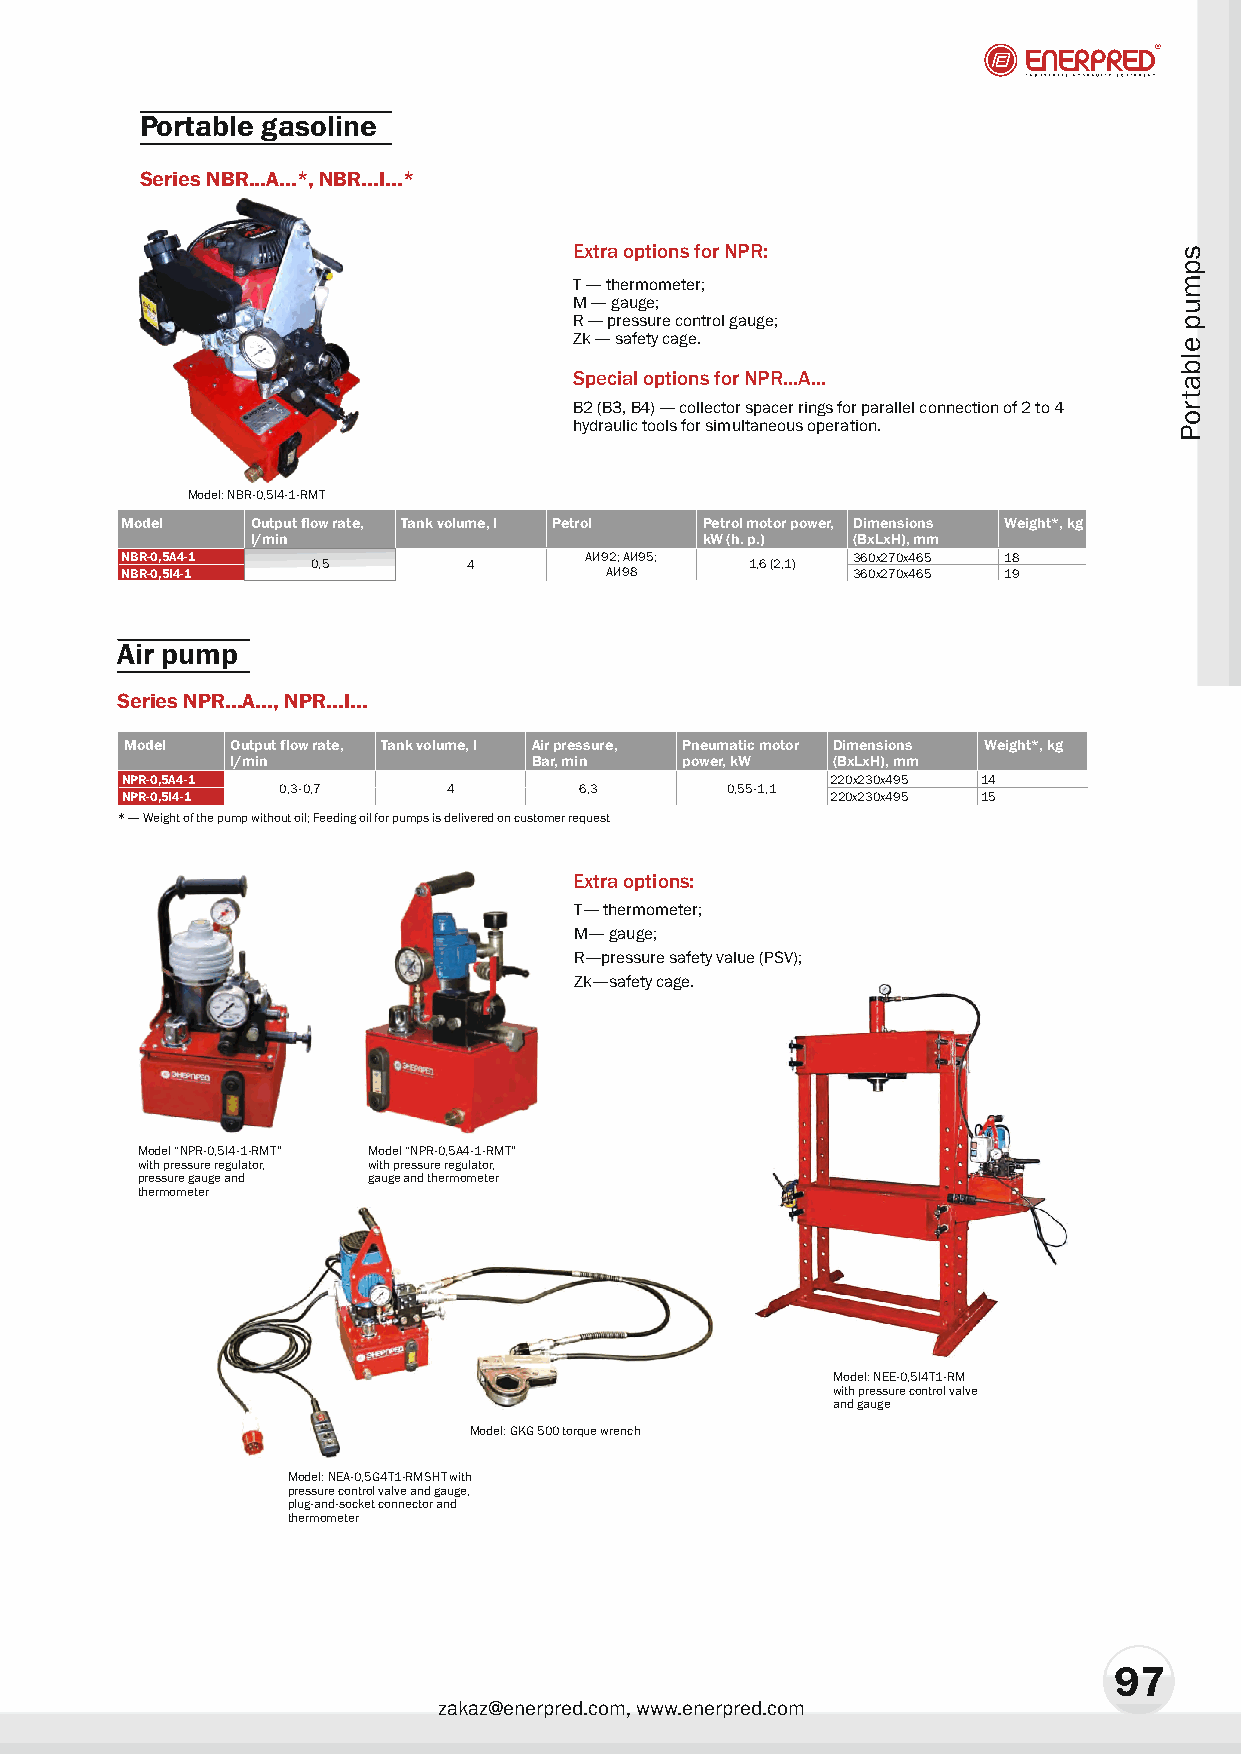
Portable gasoline
 Series NBR...A...*, NBR...I...*
 Extra options for NPR:
 T — thermometer;
 M — gauge;
 R — pressure control gauge;
 Zk — safety cage.
 Special options for NPR...A...
 B2 (B3, B4) — collector spacer rings for parallel connection of 2 to 4
 hydraulic tools for simultaneous operation.
 Model: NBR-0,5I4-1-RMT
 Model    Output flow rate, Tank volume, l Petrol Petrol motor power, Dimensions Weight*, kg
 l/min                        kW (h. p.) (BxLxH), mm
 NBR-0,5A4-1  0,5       4       ÀÈ92; ÀÈ 95; 1,6 (2,1) 360x270x465 18
 NBR-0,5I4-1                     ÀÈ98            360x270x465 19
 Air pump
 Series NPR...A..., NPR...I...
 Model  Output flow rate, Tank volume, l Air pressure, Pneumatic motor Dimensions Weight*, kg
 l/min               Bar, min  power, kW (BxLxH), mm
 NPR-0,5A4-1                                    220x230x495 14
 0,3-0,7     4       6,3       0,55-1,1
 NPR-0,5I4-1                                    220x230x495 15
 * — Weight of the pump without oil; Feeding oil for pumps is delivered on customer request
 Extra options:
 T— thermometer;
 M— gauge;
 R—pressure safety value (PSV);
 Zk—safety cage.
 Model “NPR-0,5I4-1-RMT” Model “NPR-0,5A4-1-RMT”
 with pressure regulator, with pressure regulator,
 pressure gauge and gauge and thermometer
 thermometer
 Model: NEE-0,5I4T1-RM
 with pressure control valve
 and gauge
 Model: GKG 500 torque wrench
 Model: NEA-0,5G4T1-RMSHT with
 pressure control valve and gauge,
 plug-and-socket connector and
 thermometer
 97
 zakaz@enerpred.com, www.enerpred.com
 spmup
 elbatroP